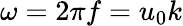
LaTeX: \omega=2\pi f=u_{0}k